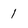
Character: 1